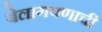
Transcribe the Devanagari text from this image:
बेलागपणाची